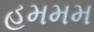
હમમમ